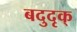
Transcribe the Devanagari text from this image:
बदुदृक्